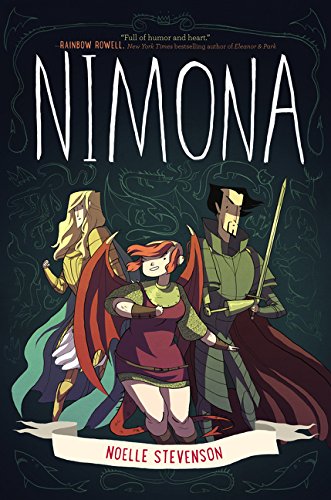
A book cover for Nimona; Noelle Stevenson; Teen & Young Adult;